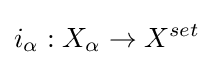
i_{\alpha }:X_{\alpha }\to X^{set}